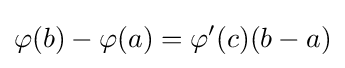
\varphi (b)-\varphi (a)=\varphi '(c)(b-a)